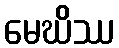
မေဃိဿ